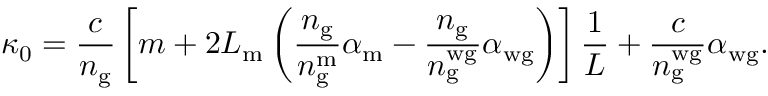
\kappa _ { 0 } = \frac { c } { n _ { \mathrm { g } } } \left[ m + 2 L _ { \mathrm { m } } \left( \frac { n _ { \mathrm { g } } } { n _ { \mathrm { g } } ^ { \mathrm { m } } } \alpha _ { \mathrm { m } } - \frac { n _ { \mathrm { g } } } { n _ { \mathrm { g } } ^ { \mathrm { w g } } } \alpha _ { \mathrm { w g } } \right) \right] \frac { 1 } { L } + \frac { c } { n _ { \mathrm { g } } ^ { \mathrm { w g } } } \alpha _ { \mathrm { w g } } .